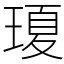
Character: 𤧶